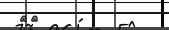
٥٠